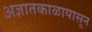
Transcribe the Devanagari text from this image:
अज्ञातकाळापासून